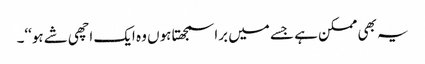
یہ بھی ممکن ہے جسے میں برا سمجھتا ہوں وہ ایک اچھی شے ہو‘‘۔